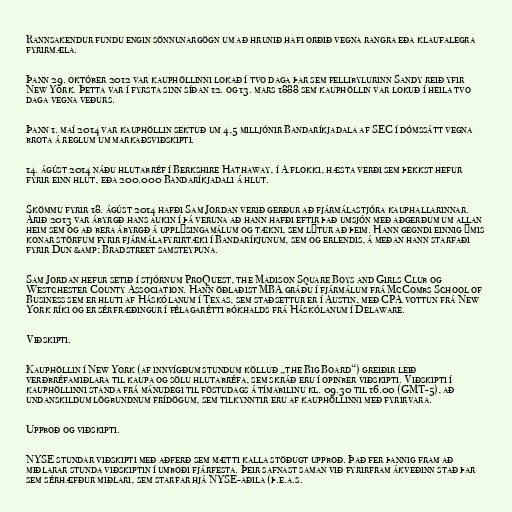
Rannsakendur fundu engin sönnunargögn um að hrunið hafi orðið vegna rangra eða klaufalegra
fyrirmæla.

Þann 29. október 2012 var kauphöllinni lokað í tvo daga þar sem fellibylurinn Sandy reið yfir
New York. Þetta var í fyrsta sinn síðan 12. og 13. mars 1888 sem kauphöllin var lokuð í heila tvo
daga vegna veðurs.

Þann 1. maí 2014 var kauphöllin sektuð um 4,5 milljónir Bandaríkjadala af SEC í dómssátt vegna
brota á reglum um markaðsviðskipti.

14. ágúst 2014 náðu hlutabréf í Berkshire Hathaway, í A flokki, hæsta verði sem þekkst hefur
fyrir einn hlut, eða 200.000 Bandaríkjadali á hlut.

Skömmu fyrir 18. ágúst 2014 hafði Sam Jordan verið gerður að fjármálastjóra kauphallarinnar.
Árið 2013 var ábyrgð hans aukin í þá veruna að hann hafði eftir það umsjón með aðgerðum um allan
heim sem og að bera ábyrgð á upplýsingamálum og tækni, sem lýtur að þeim. Hann gegndi einnig ýmis
konar störfum fyrir fjármálafyrirtæki í Bandaríkjunum, sem og erlendis, á meðan hann starfaði
fyrir Dun &amp; Bradstreet samsteypuna.

Sam Jordan hefur setið í stjórnum ProQuest, the Madison Square Boys and Girls Club og
Westchester County Association. Hann öðlaðist MBA gráðu í fjármálum frá McCombs School of
Business sem er hluti af Háskólanum í Texas, sem staðsettur er í Austin, með CPA vottun frá New
York ríki og er sérfræðingur í félagarétti bókhalds frá Háskólanum í Delaware.

Viðskipti.

Kauphöllin í New York (af innvígðum stundum kölluð „the Big Board“) greiðir leið
verðbréfamiðlara til kaupa og sölu hlutabréfa, sem skráð eru í opinber viðskipti. Viðskipti í
kauphöllinni standa frá mánudegi til föstudags á tímabilinu kl. 09.30 til 16.00 (GMT-5), að
undanskildum lögbundnum frídögum, sem tilkynntir eru af kauphöllinni með fyrirvara.

Uppboð og viðskipti.

NYSE stundar viðskipti með aðferð sem mætti kalla stöðugt uppboð. Það fer þannig fram að
miðlarar stunda viðskiptin í umboði fjárfesta. Þeir safnast saman við fyrirfram ákveðinn stað þar
sem sérhæfður miðlari, sem starfar hjá NYSE-aðila (þ.e.a.s.